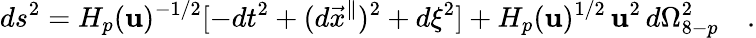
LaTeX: ds^{2}=H_{p}(\mathbf{u})^{-1/2}[-dt^{2}+(d{{\vec{{x}}}^{\parallel}})^{2}+d\xi^{2}]+H_{p}(\mathbf{u})^{1/2}\, \mathbf{u}^{2}\, d\Omega_{8-p}^{2}\quad.